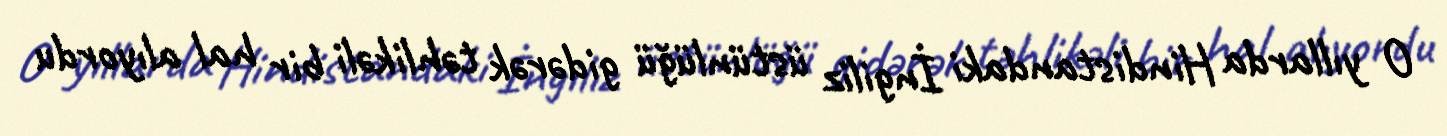
O yıllarda Hindistandaki İngiliz üstünlüğü gidərək təhlikəli bir hal alıyordu